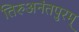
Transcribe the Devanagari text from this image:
तिरुअनंतपुरम्